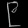
Digit: ၉